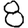
Digit: 8